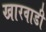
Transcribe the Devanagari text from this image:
खारवाडी